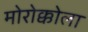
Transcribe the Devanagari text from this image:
मोरोक्कोला